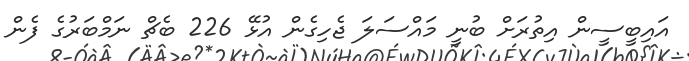
އައިބީސީން އިތުރަށް ބުނީ މައްސަލަ ޖެހިގެން އުޅޭ 226 ބެޗް ނަމްބަރުގެ ފެން